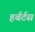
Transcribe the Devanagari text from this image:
हर्बर्टस